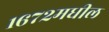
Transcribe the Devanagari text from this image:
१६७२मधील